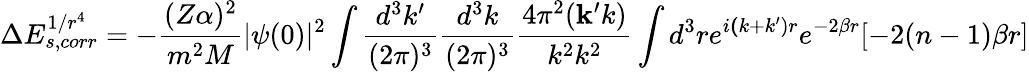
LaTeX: \Delta E_{s,corr}^{1/r^{4}}=-\frac{(Z\alpha)^{2}}{m^{2}M}|\psi(0)|^{2}\int\frac{d^{3}k^{\prime}}{(2\pi)^{3}}\frac{d^{3}k}{(2\pi)^{3}}\frac{4\pi^{2}({\mathbf k^{\prime}k})}{k^{2}k^{2}}\int d^{3}re^{i{\mathbf(k+k^{\prime})r}}e^{-2\beta r}[-2(n-1)\beta r]